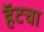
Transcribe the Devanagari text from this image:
हॅटचा